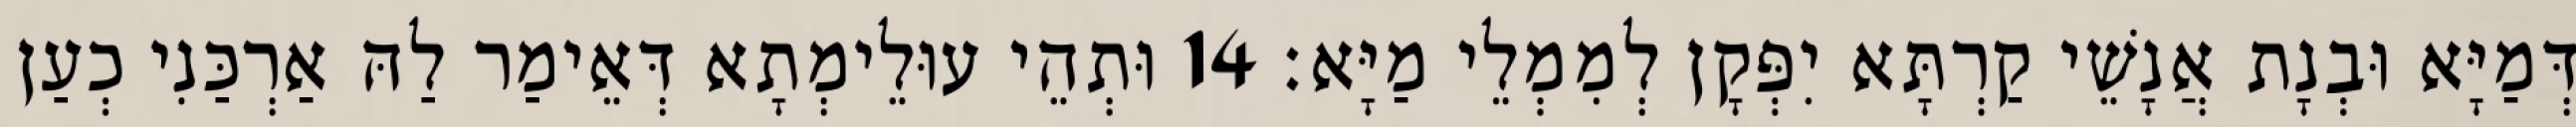
דְּמַיָּא וּבְנָת אֲנָשֵׁי קַרְתָּא יִפְּקָן לְמִמְלֵי מַיָּא׃ 14 וּתְהֵי עוּלֵימְתָא דְּאֵימַר לַהּ אַרְכַּנִי כְעַן